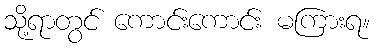
သို့ရာတွင် ကောင်းကောင်း မကြားရ။